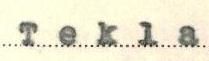
Tekla